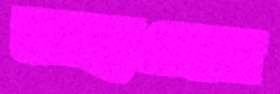
মাছওলা